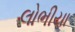
લોભીયા